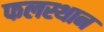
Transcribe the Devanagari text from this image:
फलस्थान